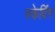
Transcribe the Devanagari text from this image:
स्केदिंग